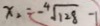
x _ { 2 } = - \sqrt [ 4 ] { 1 2 8 } - 1